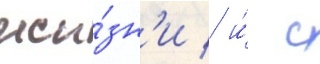
жи́зн'и / и́ с